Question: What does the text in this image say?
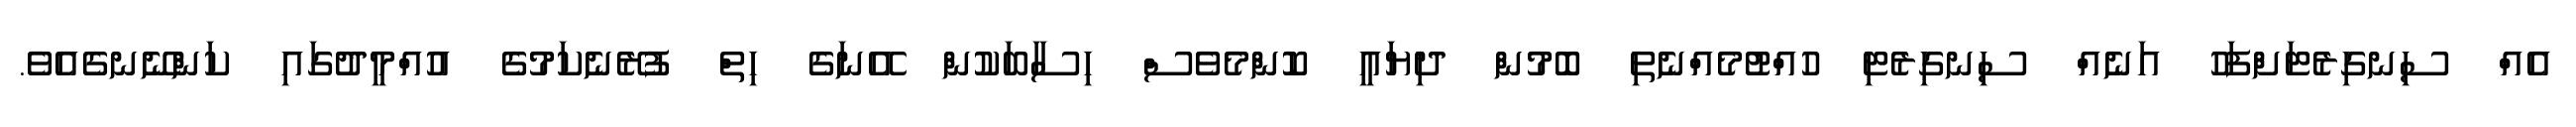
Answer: އެއް ސިނގިރެޓަށްފަހު އަނެއް ސިނގިރެޓި ހުއްޓުމެއްނެތި ބޮމުން ދިޔައީ ކޮންމެވެސް ހިސާބަކުން އޭނަގެ ހިތް ފުރޭނެކަމުގެ އުއްމީދުގައި ކަންނޭނގެއެވެ.